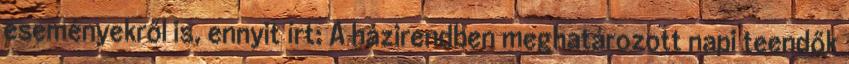
eseményekről is, ennyit írt: A házirendben meghatározott napi teendők